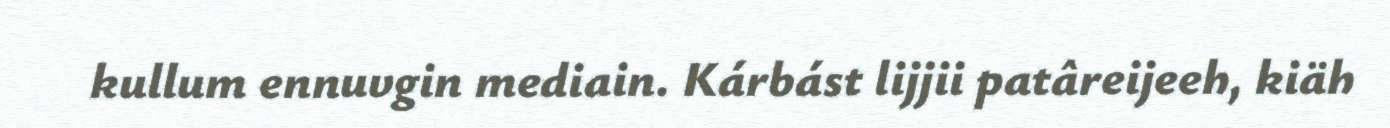
kullum ennuvgin mediain. Kárbást lijjii patâreijeeh, kiäh